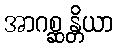
အာဂစ္ဆန္တိယာ